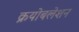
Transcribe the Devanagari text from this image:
क्रयोबलेशन